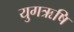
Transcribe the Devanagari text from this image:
युगऋषि